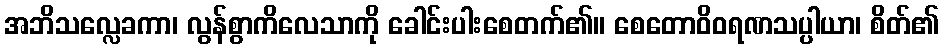
အဘိသလ္လေခကာ၊ လွန်စွာကိလေသာကို ခေါင်းပါးစေတက်၏။ စေတောဝိဝရဏသပ္ပါယာ၊ စိတ်၏